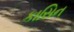
કાસિન